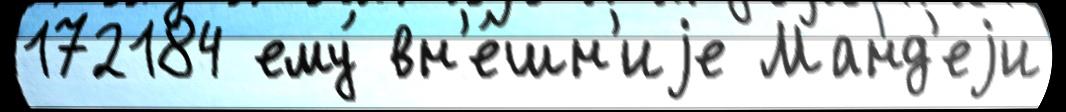
172184 ему́ вн'е́шн'иjе Манд'еjи